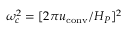
\omega _ { c } ^ { 2 } = [ 2 \pi u _ { \mathrm { c o n v } } / H _ { P } ] ^ { 2 }